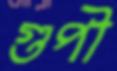
গুপী